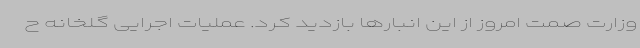
وزارت صمت امروز از این انبارها بازدید کرد. عملیات اجرایی گلخانه ح